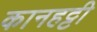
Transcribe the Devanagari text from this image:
कानहट्टी